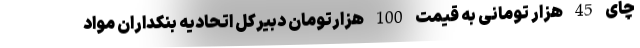
چای 45 هزار تومانی به قیمت 100 هزارتومان دبیرکل اتحادیه بنکداران مواد